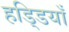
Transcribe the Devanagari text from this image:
हडि्डयाँ